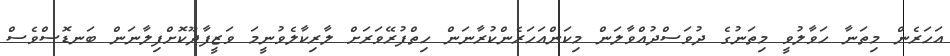
އަހަރެން މިތަނާ ހަވާލުވީ މިތަނުގެ ދުވަސްދުއްވާލަން މިކަންއަހަރެންކުރާނަން ހިތްފުރޭވަރަށް ލާރިކާލެވުނީމަ ވަޒީފާދޫކޮށްފިލާނަން ބަނޑޮސްވެސް